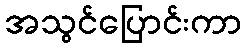
အသွင်ပြောင်းကာ